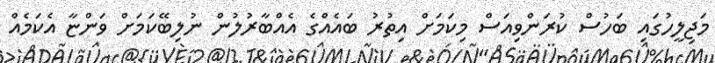
މަޖިލީހުގައި ބަހުސް ކުރަންވިއަސް މިކަމަށް އިތުރު ބައެއްގެ އެއްބާރުލުން ނުލިބޭކަމަށް ވަންޏާ އެކަމެއް